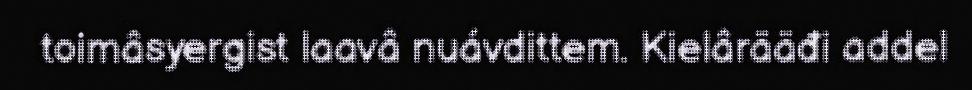
toimâsyergist laavâ nuávdittem. Kielârääđi addel